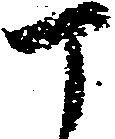
丁